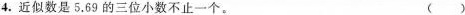
4.近似数是5.69的三位小数不止一个。（）